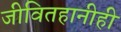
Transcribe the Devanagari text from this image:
जीवितहानीही